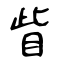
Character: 眥